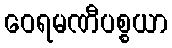
ဝေရမဏီပစ္စယာ